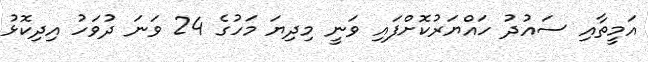
އަމީތާއި ސައުދު ހައްޔަރުކޮށްފައި ވަނީ މިދިޔަ މަހުގެ 24 ވަނަ ދުވަހު އިދިކޮޅު